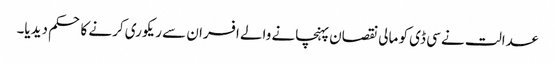
عدالت نے سی ڈی کو مالی نقصان پہنچانے والے افسران سے ریکوری کرنے کا حکم دیدیا۔